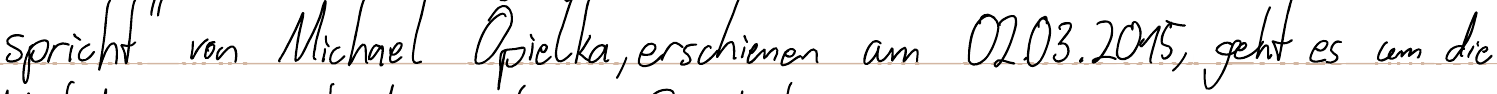
spricht von Michael Opielka, erschienen am 02.03.2015, geht es um die